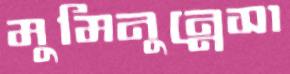
মুমিনুন্নেসা